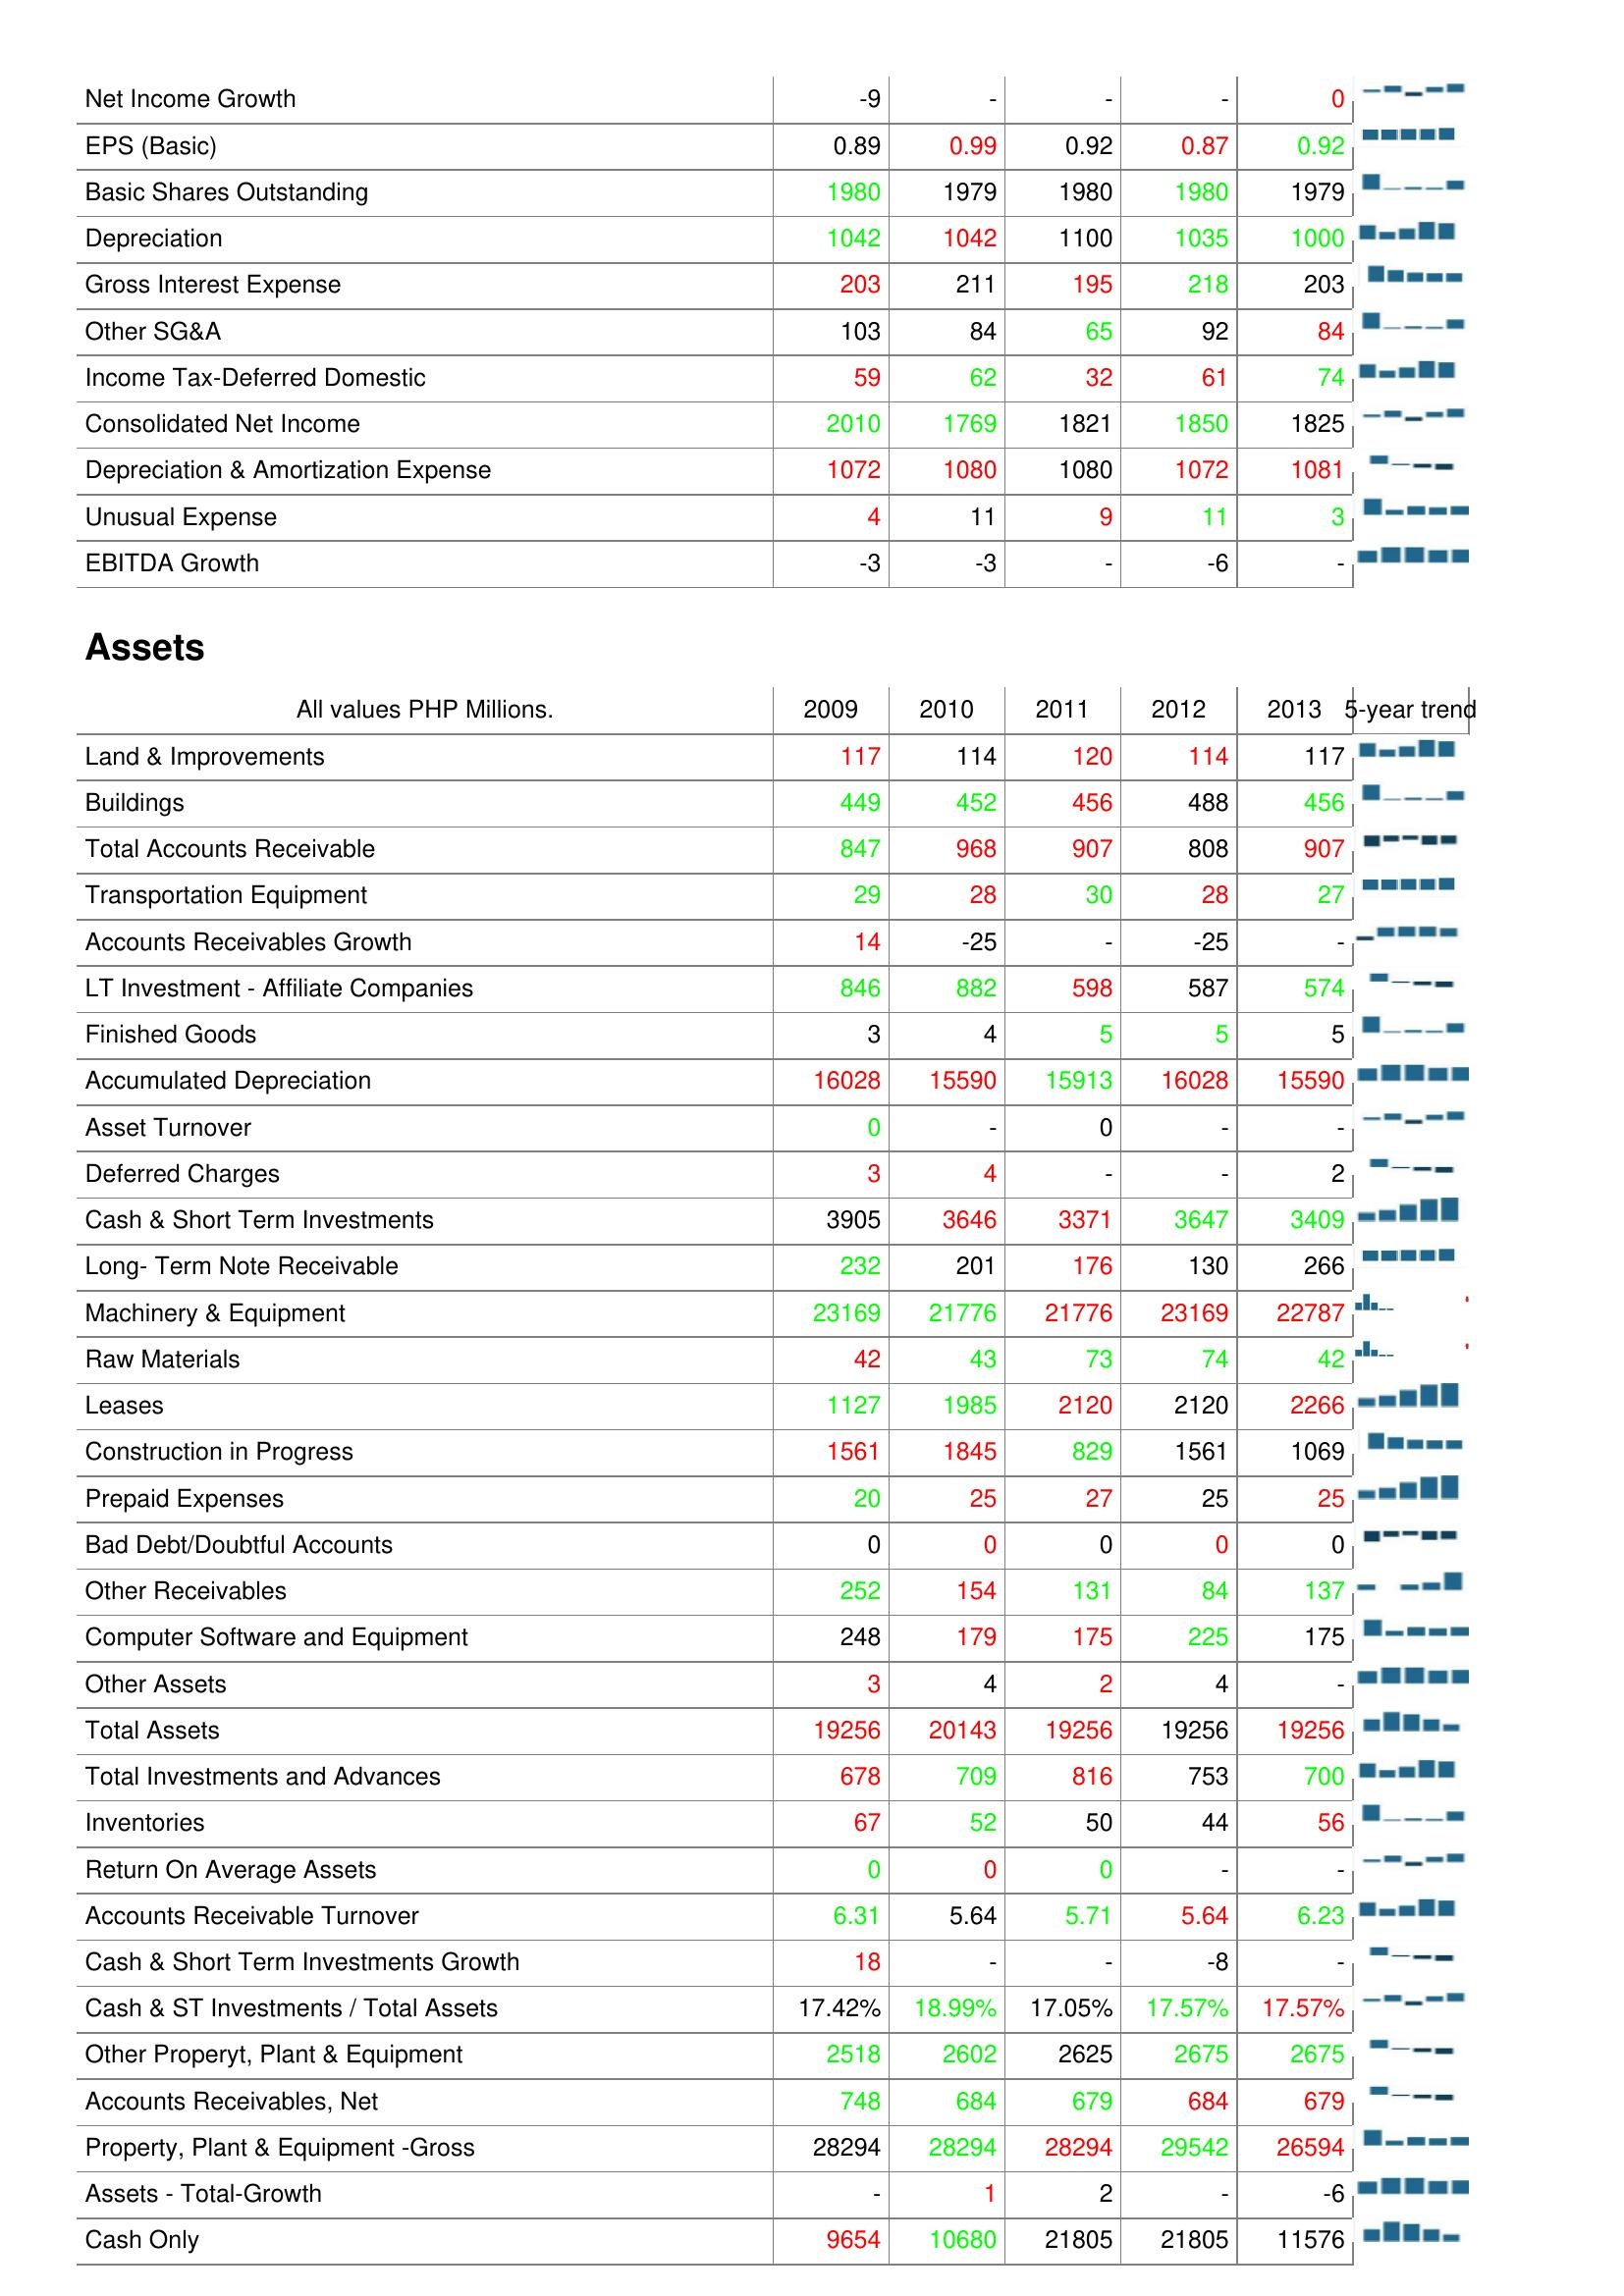
2009: : Net Income Growth: -9
EPS (Basic): 0.89
Basic Shares Outstanding: 1980
Depreciation: 1042
Gross Interest Expense: 203
Other SG&A: 103
Income Tax-Deferred Domestic: 59
Consolidated Net Income: 2010
Depreciation & Amortization Expense: 1072
Unusual Expense: 4
EBITDA Growth: -3
Assets: Land & Improvements: 117
Buildings: 449
Total Accounts Receivable: 847
Transportation Equipment: 29
Accounts Receivables Growth: 14
LT Investment - Affiliate Companies: 846
Finished Goods: 3
Accumulated Depreciation: 16028
Asset Turnover: 0
Deferred Charges: 3
Cash & Short Term Investments: 3905
Long- Term Note Receivable: 232
Machinery & Equipment: 23169
Raw Materials: 42
Leases: 1127
Construction in Progress: 1561
Prepaid Expenses: 20
Bad Debt/Doubtful Accounts: 0
Other Receivables: 252
Computer Software and Equipment: 248
Other Assets: 3
Total Assets: 19256
Total Investments and Advances: 678
Inventories: 67
Return On Average Assets: 0
Accounts Receivable Turnover: 6.31
Cash & Short Term Investments Growth: 18
Cash & ST Investments / Total Assets: 17.42%
Other Properyt, Plant & Equipment: 2518
Accounts Receivables, Net: 748
Property, Plant & Equipment -Gross: 28294
Assets - Total-Growth: -
Cash Only: 9654
2010: : Net Income Growth: -
EPS (Basic): 0.99
Basic Shares Outstanding: 1979
Depreciation: 1042
Gross Interest Expense: 211
Other SG&A: 84
Income Tax-Deferred Domestic: 62
Consolidated Net Income: 1769
Depreciation & Amortization Expense: 1080
Unusual Expense: 11
EBITDA Growth: -3
Assets: Land & Improvements: 114
Buildings: 452
Total Accounts Receivable: 968
Transportation Equipment: 28
Accounts Receivables Growth: -25
LT Investment - Affiliate Companies: 882
Finished Goods: 4
Accumulated Depreciation: 15590
Asset Turnover: -
Deferred Charges: 4
Cash & Short Term Investments: 3646
Long- Term Note Receivable: 201
Machinery & Equipment: 21776
Raw Materials: 43
Leases: 1985
Construction in Progress: 1845
Prepaid Expenses: 25
Bad Debt/Doubtful Accounts: 0
Other Receivables: 154
Computer Software and Equipment: 179
Other Assets: 4
Total Assets: 20143
Total Investments and Advances: 709
Inventories: 52
Return On Average Assets: 0
Accounts Receivable Turnover: 5.64
Cash & Short Term Investments Growth: -
Cash & ST Investments / Total Assets: 18.99%
Other Properyt, Plant & Equipment: 2602
Accounts Receivables, Net: 684
Property, Plant & Equipment -Gross: 28294
Assets - Total-Growth: 1
Cash Only: 10680
2011: : Net Income Growth: -
EPS (Basic): 0.92
Basic Shares Outstanding: 1980
Depreciation: 1100
Gross Interest Expense: 195
Other SG&A: 65
Income Tax-Deferred Domestic: 32
Consolidated Net Income: 1821
Depreciation & Amortization Expense: 1080
Unusual Expense: 9
EBITDA Growth: -
Assets: Land & Improvements: 120
Buildings: 456
Total Accounts Receivable: 907
Transportation Equipment: 30
Accounts Receivables Growth: -
LT Investment - Affiliate Companies: 598
Finished Goods: 5
Accumulated Depreciation: 15913
Asset Turnover: 0
Deferred Charges: -
Cash & Short Term Investments: 3371
Long- Term Note Receivable: 176
Machinery & Equipment: 21776
Raw Materials: 73
Leases: 2120
Construction in Progress: 829
Prepaid Expenses: 27
Bad Debt/Doubtful Accounts: 0
Other Receivables: 131
Computer Software and Equipment: 175
Other Assets: 2
Total Assets: 19256
Total Investments and Advances: 816
Inventories: 50
Return On Average Assets: 0
Accounts Receivable Turnover: 5.71
Cash & Short Term Investments Growth: -
Cash & ST Investments / Total Assets: 17.05%
Other Properyt, Plant & Equipment: 2625
Accounts Receivables, Net: 679
Property, Plant & Equipment -Gross: 28294
Assets - Total-Growth: 2
Cash Only: 21805
2012: : Net Income Growth: -
EPS (Basic): 0.87
Basic Shares Outstanding: 1980
Depreciation: 1035
Gross Interest Expense: 218
Other SG&A: 92
Income Tax-Deferred Domestic: 61
Consolidated Net Income: 1850
Depreciation & Amortization Expense: 1072
Unusual Expense: 11
EBITDA Growth: -6
Assets: Land & Improvements: 114
Buildings: 488
Total Accounts Receivable: 808
Transportation Equipment: 28
Accounts Receivables Growth: -25
LT Investment - Affiliate Companies: 587
Finished Goods: 5
Accumulated Depreciation: 16028
Asset Turnover: -
Deferred Charges: -
Cash & Short Term Investments: 3647
Long- Term Note Receivable: 130
Machinery & Equipment: 23169
Raw Materials: 74
Leases: 2120
Construction in Progress: 1561
Prepaid Expenses: 25
Bad Debt/Doubtful Accounts: 0
Other Receivables: 84
Computer Software and Equipment: 225
Other Assets: 4
Total Assets: 19256
Total Investments and Advances: 753
Inventories: 44
Return On Average Assets: -
Accounts Receivable Turnover: 5.64
Cash & Short Term Investments Growth: -8
Cash & ST Investments / Total Assets: 17.57%
Other Properyt, Plant & Equipment: 2675
Accounts Receivables, Net: 684
Property, Plant & Equipment -Gross: 29542
Assets - Total-Growth: -
Cash Only: 21805
2013: : Net Income Growth: 0
EPS (Basic): 0.92
Basic Shares Outstanding: 1979
Depreciation: 1000
Gross Interest Expense: 203
Other SG&A: 84
Income Tax-Deferred Domestic: 74
Consolidated Net Income: 1825
Depreciation & Amortization Expense: 1081
Unusual Expense: 3
EBITDA Growth: -
Assets: Land & Improvements: 117
Buildings: 456
Total Accounts Receivable: 907
Transportation Equipment: 27
Accounts Receivables Growth: -
LT Investment - Affiliate Companies: 574
Finished Goods: 5
Accumulated Depreciation: 15590
Asset Turnover: -
Deferred Charges: 2
Cash & Short Term Investments: 3409
Long- Term Note Receivable: 266
Machinery & Equipment: 22787
Raw Materials: 42
Leases: 2266
Construction in Progress: 1069
Prepaid Expenses: 25
Bad Debt/Doubtful Accounts: 0
Other Receivables: 137
Computer Software and Equipment: 175
Other Assets: -
Total Assets: 19256
Total Investments and Advances: 700
Inventories: 56
Return On Average Assets: -
Accounts Receivable Turnover: 6.23
Cash & Short Term Investments Growth: -
Cash & ST Investments / Total Assets: 17.57%
Other Properyt, Plant & Equipment: 2675
Accounts Receivables, Net: 679
Property, Plant & Equipment -Gross: 26594
Assets - Total-Growth: -6
Cash Only: 11576